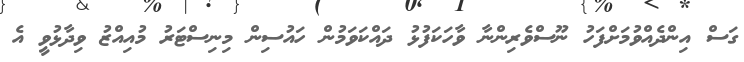
ގަސް އިންދެއްވުމަށްފަހު ނޫސްވެރިންނާ ވާހަކަފުޅު ދައްކަވަމުން ހައުސިން މިނިސްޓަރު މުއިއްޒު ވިދާޅުވީ އެ